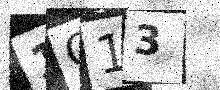
Text: 1O13